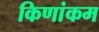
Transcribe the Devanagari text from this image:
किणांकम